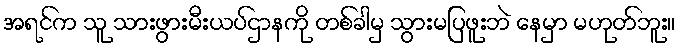
အရင်က သူ သားဖွားမီးယပ်ဌာနကို တစ်ခါမှ သွားမပြဖူးဘဲ နေမှာ မဟုတ်ဘူး။